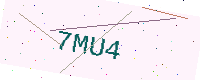
Text: 7MU4